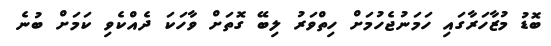
ބޮޑު މުޒާހަރާގައި ހަމަނުޖެހުމަށް ހިތްވަރު ލިބޭ ގޮތަށް ވާހަކަ ދެއްކެވި ކަމަށް ބުނެ